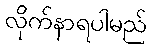
လိုက်နာရပါမည်